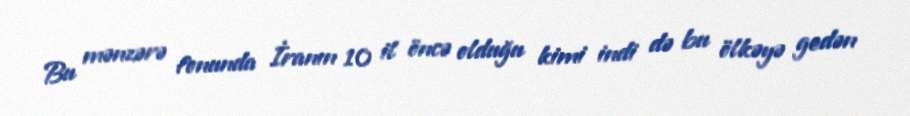
Bu mənzərə fonunda İranın 10 il öncə olduğu kimi indi də bu ölkəyə gedən